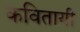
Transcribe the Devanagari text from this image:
कवितायी